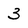
Character: 3